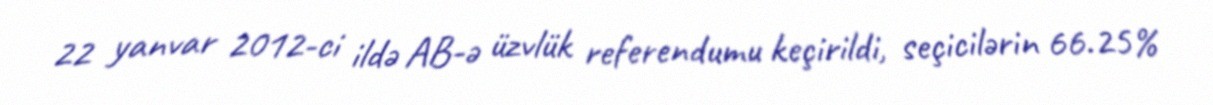
22 yanvar 2012-ci ildə AB-ə üzvlük referendumu keçirildi, seçicilərin 66.25%